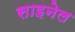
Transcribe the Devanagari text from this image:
साइनेल